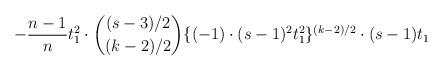
LaTeX: \begin{align*}-\frac{n-1}{n}t_1^2\cdot \binom{(s-3)/2}{(k-2)/2} \{(-1) \cdot (s-1)^2t_1^2\}^{(k-2)/2}\cdot(s-1)t_1 \end{align*}